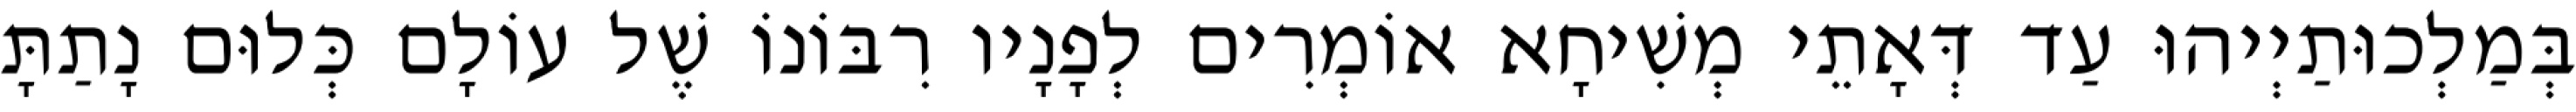
בְּמַלְכוּתַיְיהוּ עַד דְּאָתֵי מְשִׁיחָא אוֹמְרִים לְפָנָיו רִבּוֹנוֹ שֶׁל עוֹלָם כְּלוּם נָתַתָּ